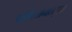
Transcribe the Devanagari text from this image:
पाकिस्तानातसुद्धा